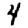
Digit: 4